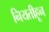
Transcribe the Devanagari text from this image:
नियतीहून